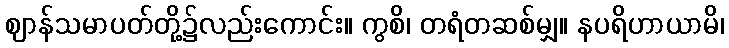
ဈာန်သမာပတ်တို့၌လည်းကောင်း။ ကွစိ၊ တရံတဆစ်မျှ။ နပရိဟာယာမိ၊